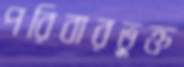
পরিবারভুক্ত